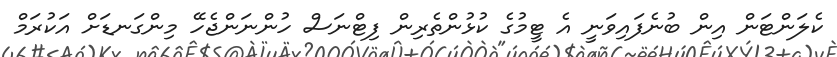
ކެލަންޓަން އިން ބުނެފައިވަނީ އެ ޓީމުގެ ކުޅުންތެރިން ފިޓްނަސް ހުންނަންޖެހޭ މިންގަނޑަށް އަކުރަމް